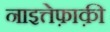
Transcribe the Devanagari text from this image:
नाइत्तेफ़ाक़ी